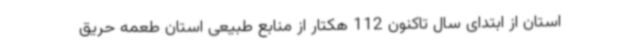
استان از ابتدای سال تاکنون 112 هکتار از منابع طبیعی استان طعمه حریق